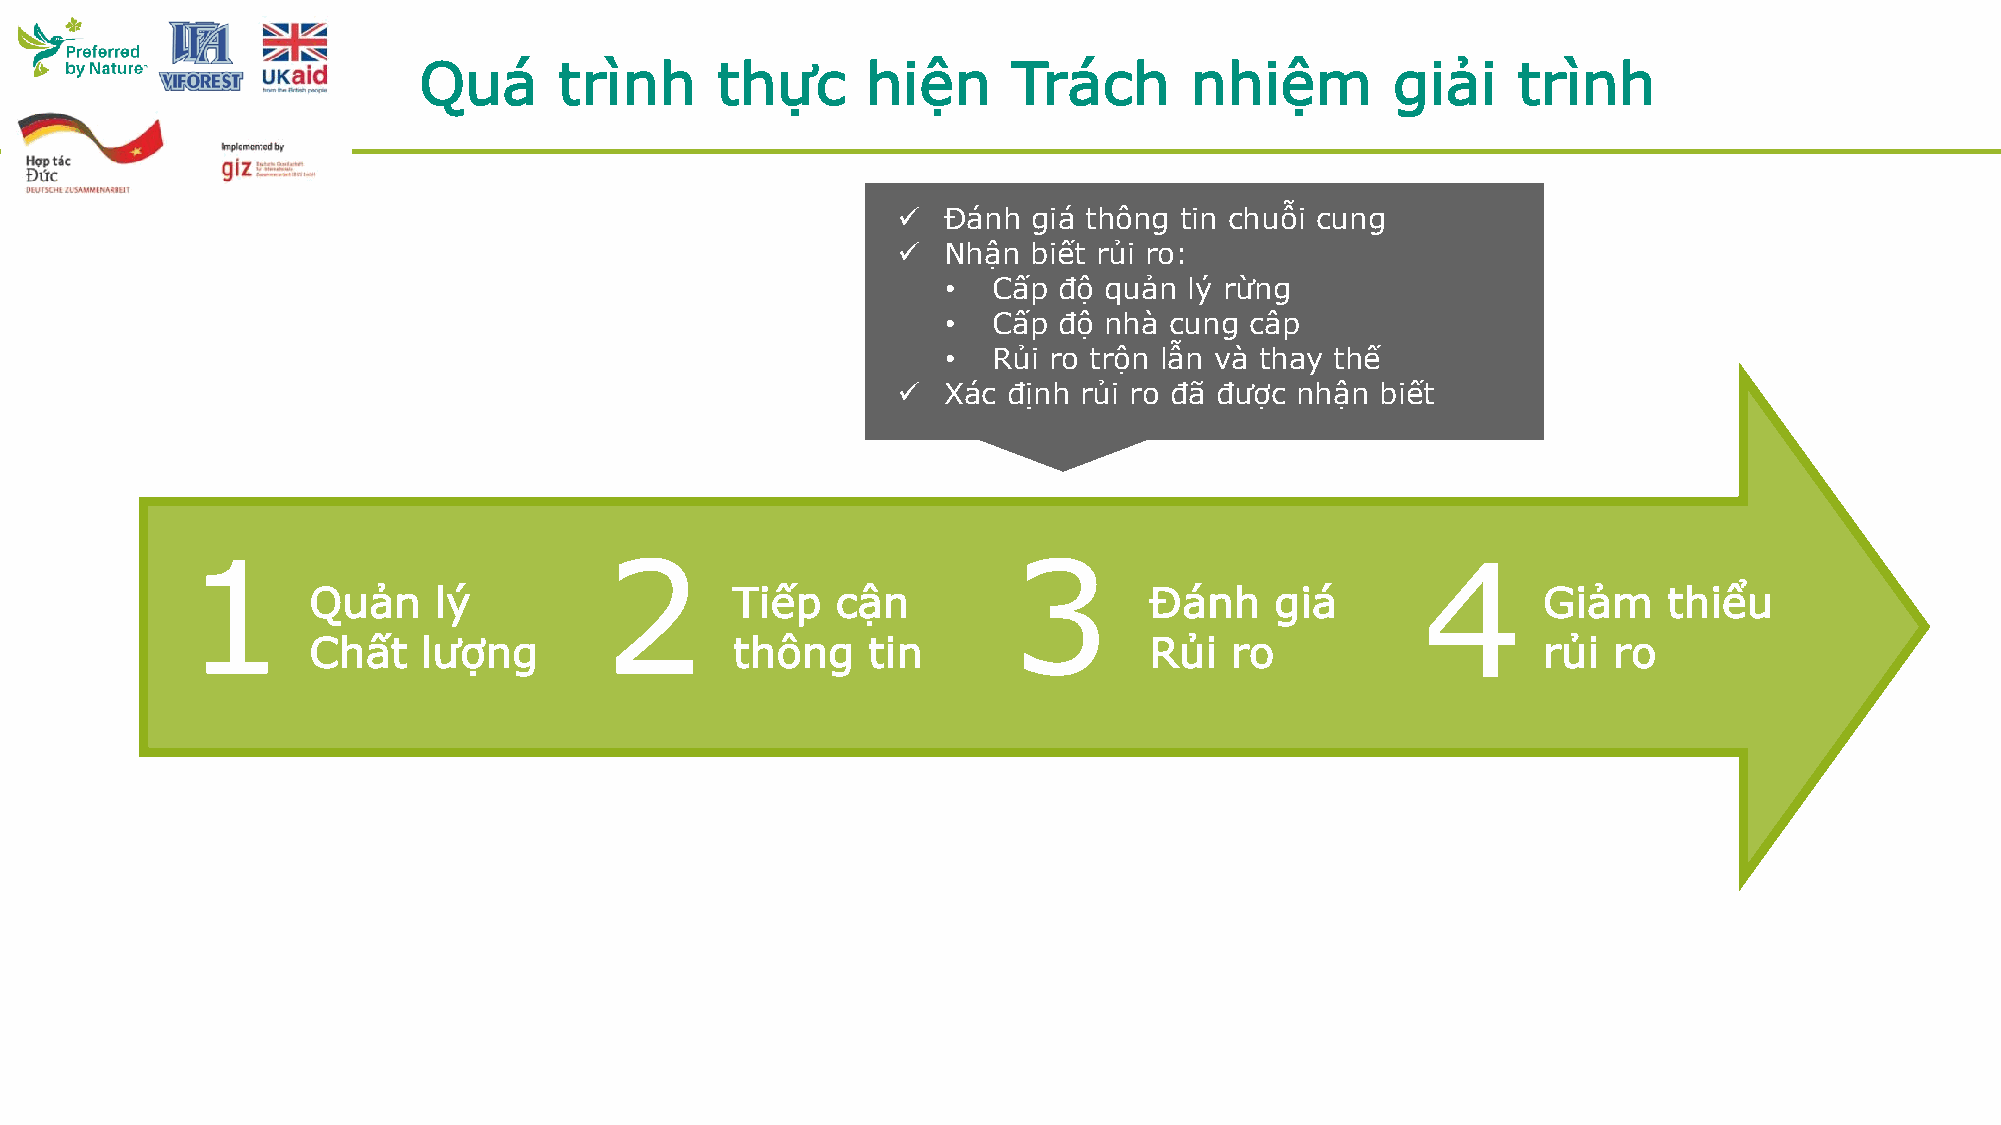
Quá      trình     thực      hiện      Trách       nhiệm        giải    trình
 ✓  Đánh  giá thông tin chuỗi cung
 ✓  Nhận  biết rủi ro:
 •  Cấp độ quản  lý rừng
 •  Cấp độ nhà cung  câp
 •  Rủi ro trộn lẫn và thay thế
 ✓  Xác  định rủi ro đã được nhận biết
 1                           2                          3                          4
 Quản     lý                  Tiếp  cận                  Đánh    giá               Giảm    thiểu
 Chất    lượng                thông   tin                Rủi  ro                   rủi  ro
 Mitigation options
 ✓  Additional documentation
 ✓  Replace supplier
 ✓  Source  certified material
 ✓  Supply  chain verification audits